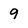
Character: 9